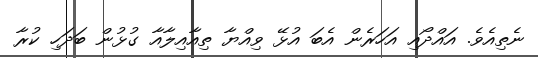
ނެތިއެވެ. އައްދޯއި އަހަރެން އެބަ އުޅޭ ވިއްޔާ ތިއާއިލާއާ ގުޅުން ބަދަހި ކުރާ